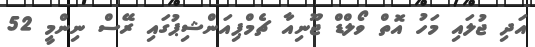
އަދި ޖުލައި މަހު އޮތް ވޯލްޑް ޖޫނިއާ ޗެމްޕިއަންޝިޕުގައި ރޭސް ނިންމީ 52